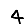
Digit: 4